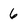
Character: 6